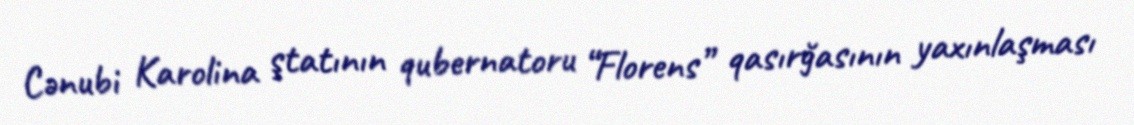
Cənubi Karolina ştatının qubernatoru “Florens” qasırğasının yaxınlaşması